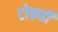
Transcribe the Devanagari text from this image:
टोकही